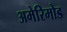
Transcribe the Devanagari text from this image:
अमेरिमोड